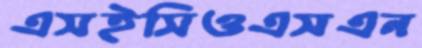
এসইসিওএসএন